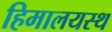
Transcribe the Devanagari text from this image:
हिमालयस्थ